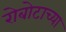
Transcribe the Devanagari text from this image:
रोबोटाच्या